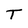
Character: T